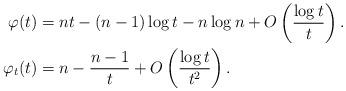
LaTeX: \begin{align*}\varphi(t)&=nt-(n-1)\log t -n\log n+O\left(\frac{\log t}{t}\right).\\\varphi_t(t)&=n-\frac{n-1}{t} +O\left(\frac{\log t}{t^2}\right).\end{align*}